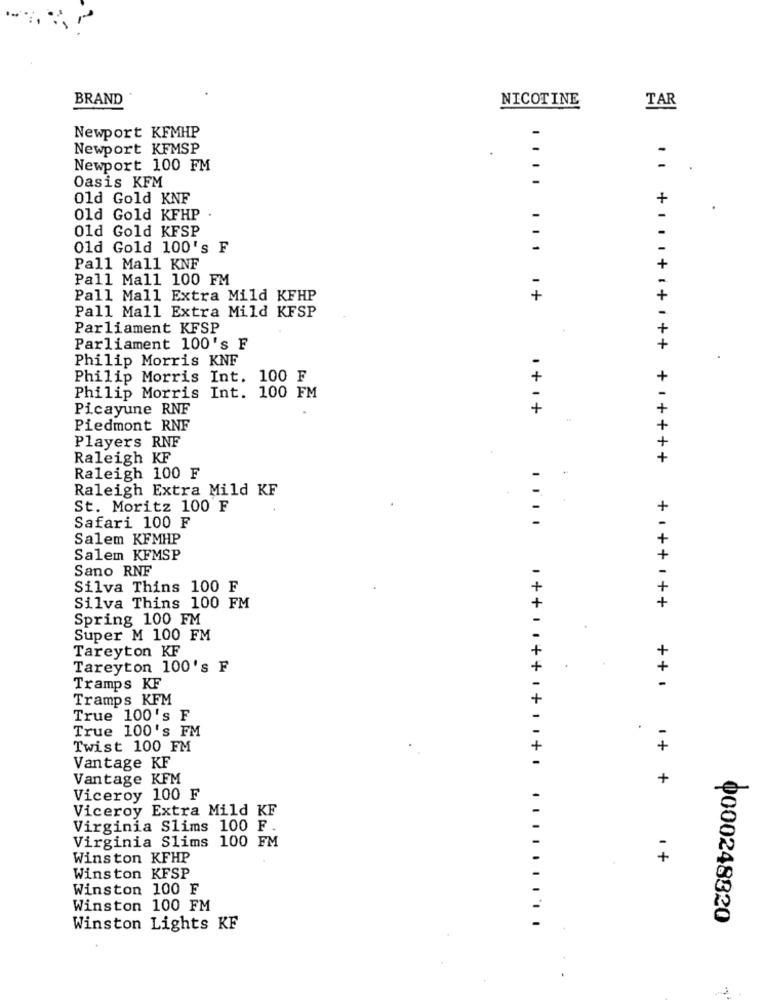
BRAND
NICOTINE
TAR
Newport KFMHP
Newport KFMSP
.
Newport 100 FM
Oasis KFM
Old Gold KNF
+
Old Gold KFHP
01d Gold KFSP
Old Gold 100's F
Pall Mall KNF
+
Pall Mall 100 FM
-
Pall Mall Extra Mild KFHP
.... ... . +
+
Pall Mall Extra Mild KFSP
-
Parliament KFSP
+
Parliament 100's F
+
Philip Morris KNF
Philip Morris Int. 100 F
+
+
Philip Morris Int. 100 FM
Picayune RNF
+
.+i+
+
Piedmont RNF
Players RNF
Raleigh KF
+ 1++++
Raleigh 100 F
Raleigh Extra Mild KF
St. Moritz 100 F
+
Safari 100 F
Salem KFMHP
+
Salem KFMSP
Sano RNF
Silva Thins 100 F
+
Silva Thins 100 FM
+
Spring 100 FM
Super M 100 FM
+
Tareyton KF
Tareyton 100's F
+
Tramps KF
-
Tramps KFM
True 100's F
True 100's FM
Twist 100 FM
1+
Vantage KF
Vantage KFM
1++ .. ++ 1+11+0
+
Viceroy 100 F
Viceroy Extra Mild KF
Virginia Slims 100 F.
Virginia Slims 100 FM
Winston KFHP
Winston KFSP
Winston 100 F
Winston 100 FM
0000248820
Winston Lights KF
.